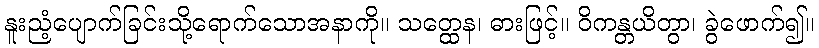
နူးညံ့ပျောက်ခြင်းသို့ရောက်သောအနာကို။ သတ္ထေန၊ ဓားဖြင့်။ ဝိကန္တယိတွာ၊ ခွဲဖောက်၍။